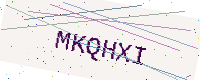
Text: MKQHXI